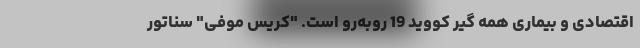
اقتصادی و بیماری همه گیر کووید 19 روبه‌رو است. "کریس موفی" سناتور